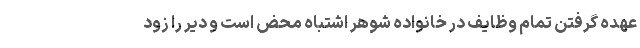
عهده گرفتن تمام وظایف در خانواده شوهر اشتباه محض است و دیر را زود